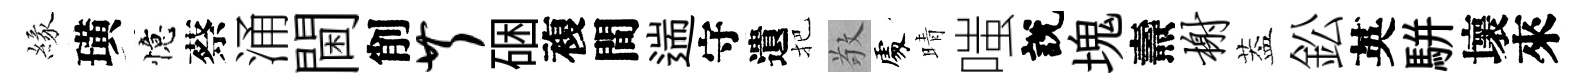
緣璜憶蔡涌閫削芹硱複間遄守遺把敬𠁅晴嗤說塊燾榭葢鈆英駢壞來